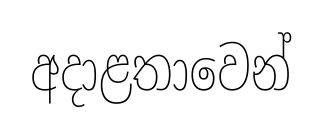
අදාළතාවෙන්